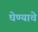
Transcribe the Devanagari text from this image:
घेण्‍याचे